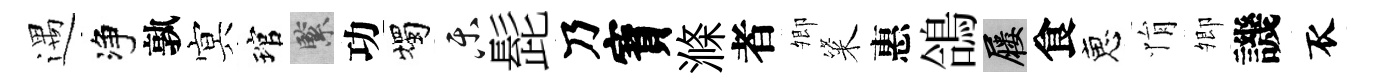
遇净孰㝠琯緊功燭乐髭乃寳滌者𡖖粢惠鴿屨食恵悁𡖖譏衣